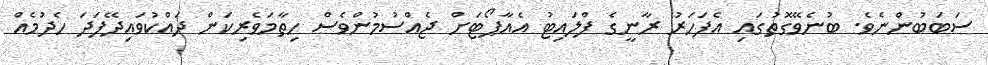
ސަބަބުންނެވެ. ބުނެވޭގޮތުގައި އެފަހަރު ރާނީގެ ފްލައިޓު އެއާޕޯޓަށް ޖެއްސުމުންވެސް ހިތާމަވެރިކަން ދައްކުވައިދޭފަދަ ހެދުމެއް